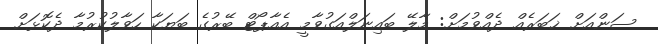
ސަންއަށް ޚަބަރެއް ދެއްވުމަށް: މާލޭ ބައިނަލްއަގުވާމީ އެއާޕޯޓް ބޭރުގެ ބަޔަކާ ހަވާލުކުރުމާ ދެކޮޅަށް